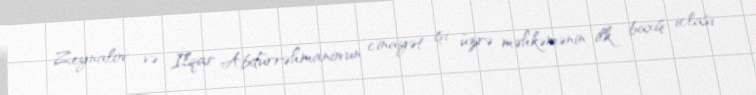
Zeynalov və İlqar Abdürrəhmanovun cinayət işi üzrə məhkəmənin ilk baxış iclası